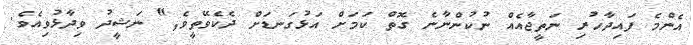
އެންމެ ފައިދާހުރި ނަތީޖާއެއް ނުކުންނާނެ ގޮތް ކަމަށް އަޅުގަނޑަށް ދެކެވޭތީވެ